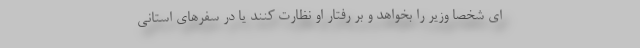
ای شخصا وزیر را بخواهد و بر رفتار او نظارت کنند یا در سفرهای استانی